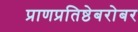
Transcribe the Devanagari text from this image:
प्राणप्रतिष्ठेबरोबर